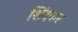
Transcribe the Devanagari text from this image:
शिंदकर